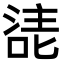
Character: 㗟